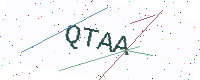
Text: QTAA